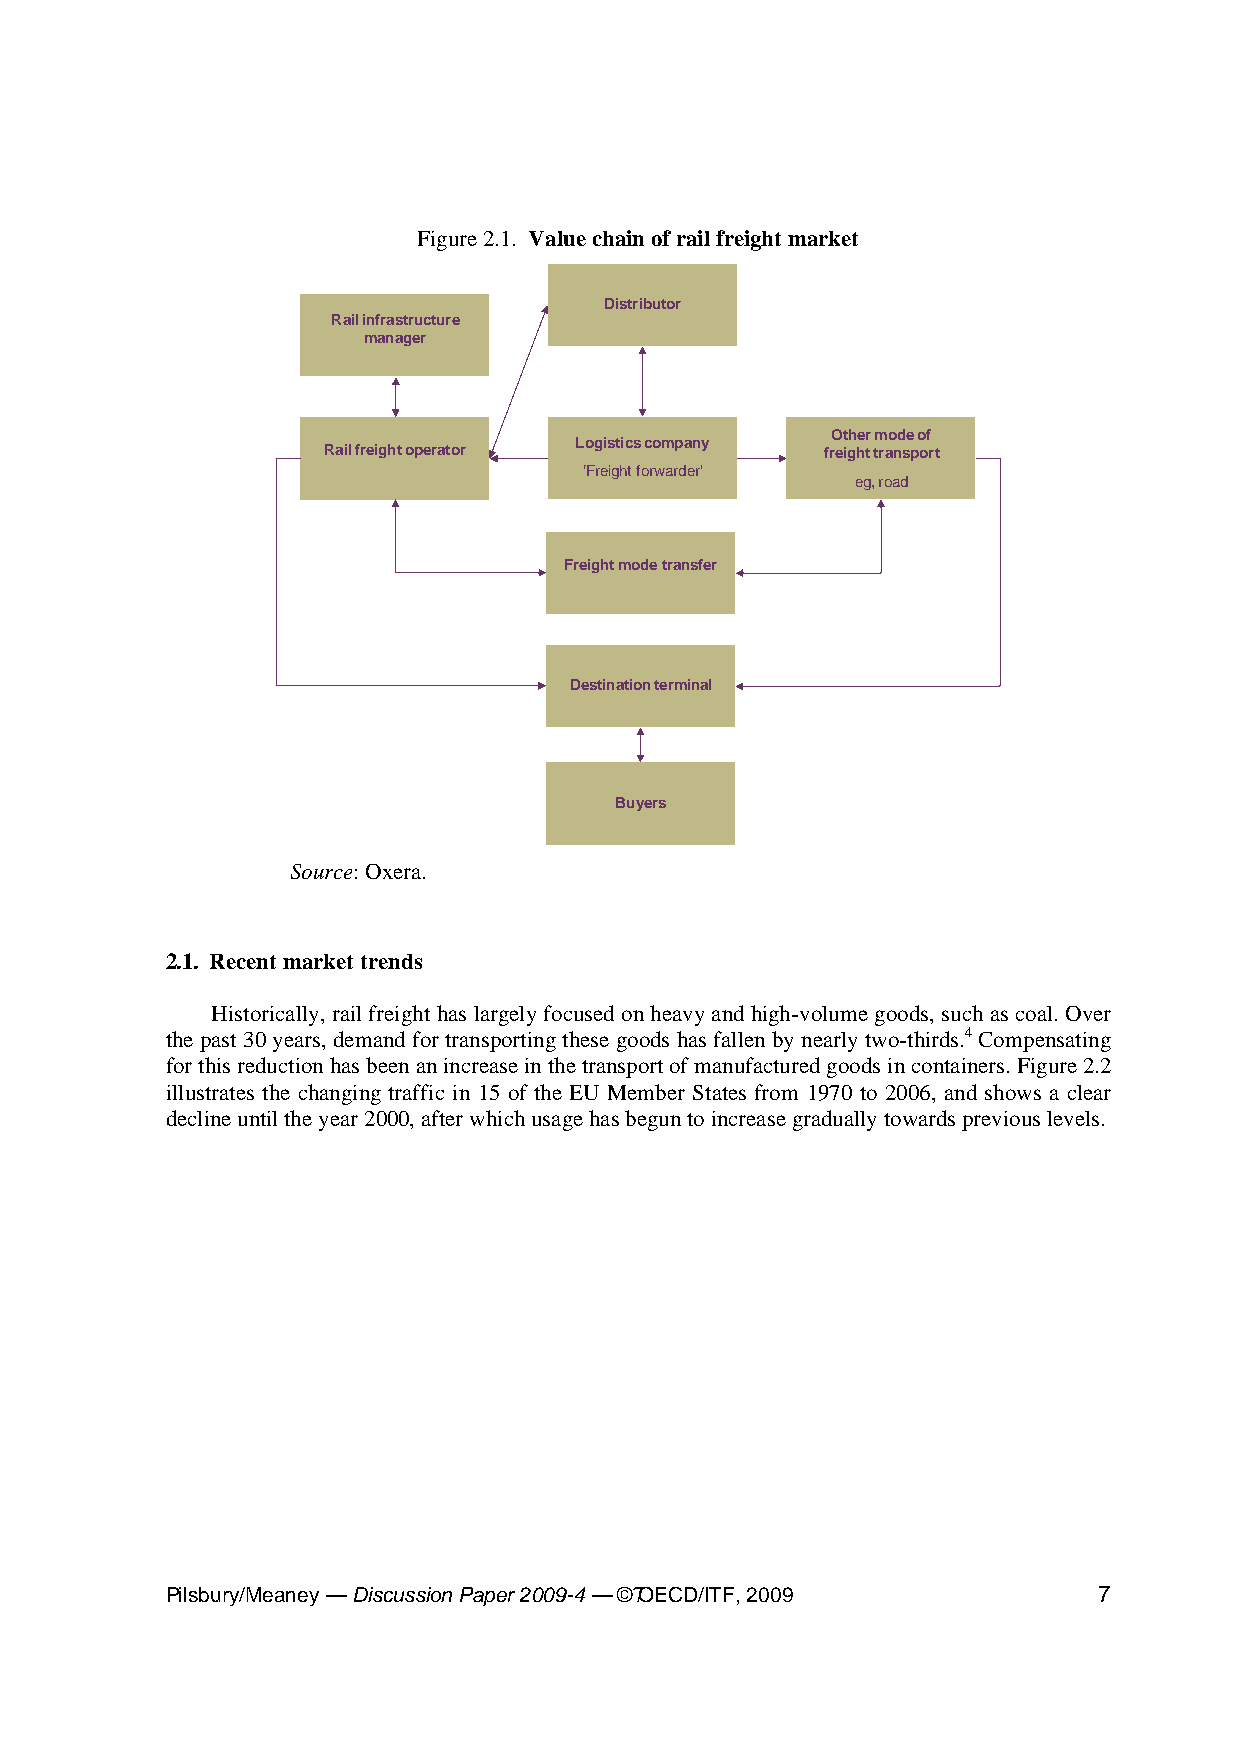
Figure 2.1. Value chain of rail freight market
 Distributor
 Rail infrastructure
 manager
 Other mode of
 Logistics company
 Rail freight operator            freight transport
 ‘Freight forwarder’
 eg, road
 Freight mode transfer
 Destination terminal
 Buyers
 Source: Oxera.
 2.1. Recent market trends
 Historically, rail freight has largely focused on heavy and high-volume goods, such as coal. Over
 the past 30 years, demand for transporting these goods has fallen by nearly two-thirds.4 Compensating
 for this reduction has been an increase in the transport of manufactured goods in containers. Figure 2.2
 illustrates the changing traffic in 15 of the EU Member States from 1970 to 2006, and shows a clear
 decline until the year 2000, after which usage has begun to increase gradually towards previous levels.
 Pilsbury/Meaney — Discussion Paper 2009-4 — ©7 OECD/ITF, 2009 7